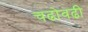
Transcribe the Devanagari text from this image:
चढोवढी